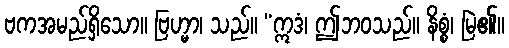
ဗကအမည်ရှိသော။ ဗြဟ္မာ၊ သည်။ “ဣဒံ၊ ဤဘဝသည်။ နိစ္စံ၊ မြဲ၏။